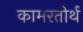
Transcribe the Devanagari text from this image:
कामरतीर्थ